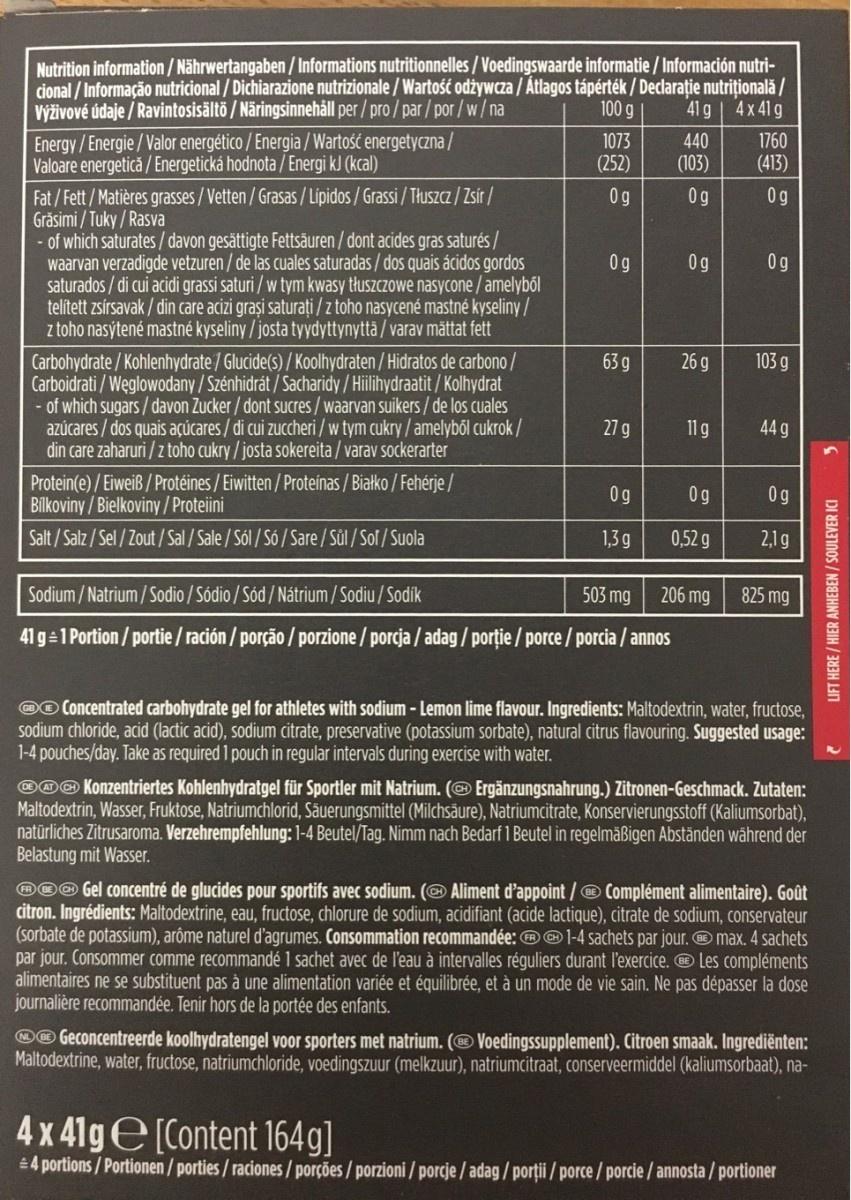
Nutrition information/Nährwertangaben /Informations nutritionnelles / Voedingswaarde informatie / Información nutri- cional / Informação nutricional / Dichiarazione nutrizionale / Wartość odżywcza / Átlagos tápérték / Declarație nutrițională / Výživové údaje / Ravintosisältö / Näringsinnehåll per / pro /par / por / w/na Energy/Energie/Valor energético / Energia /Wartość energetyczna / Valoare energetică / Energetická hodnota / Energi kJ (kcal)
100 g
41g | 4x 41 g
1073 (252)
440
1760
(103)
(413)
Fat/Fett/Matières grasses/Vetten/Grasas / Lipidos / Grassi / TłusZcz / Zsír / Grăsimi / Tuky / Rasva of which saturates/ davon gesättigte Fettsäuren / dont acides gras saturés/ waarvan verzadigde vetzuren / de las cuales saturadas / dos quais ácidos gordos saturados / di cui acidi grassi saturi / w tym kwasy tłuszczowe nasycone /amelyből telített zsírsavak / din care acizi grași saturați / z toho nasycené mastné kyseliny / z toho nasýtené mastné kyseliny / josta tyydyttynyttä / varav mättat fett
0g
0g
0g
0g
0g
0g
Carbohydrate/Kohlenhydrate/Glucide(s) / Koolhydraten / Hidratos de carbono/ Carboidrati / Węglowodany / Szénhidrát / Sacharidy / Hillihydraatit / Kolhydrat of which sugars / davon Zucker / dont sucres /waarvan suikers / de los cuales azúcares / dos quais açúcares / di cui zuccheri / w tym cukry /amelyből cukrok / din care zaharuri / z toho cukry / josta sokereita / varav sockerarter
63 g
26 g
103 g
27 g
11g
44 g
Protein(e) / Eiweiß / Protéines / Eiwitten / Proteínas / Białko / Fehérje / Bilkoviny / Bielkoviny/Proteiini Salt/Salz / Sel / Zout / Sal / Sale / Sól / Só / Sare/Sül / Sol / Suola
0g
0g
0g
1,3g
0,52 g
2,1g
Sodium / Natrium/ Sodio / Sódio / Sód / Nátrium/Sodiu / Sodik
503 mg
206 mg
825 mg
41 g 1 Portion/ portie / ración / porção / porzione / porcja / adag / porție / porce / porcia / annos
@o Concentrated carbohydrate gel for athletes with sodium - Lemon lime flavour. Ingredients: Maltodextrin, water, fructose, sodium chloride, acid (lactic acid), sodium citrate, preservative (potassium sorbate), natural citrus flavouring. Suggested usage: 1-4 pouches/day. Take as required 1 pouch in regular intervals during exercise with water.
@@@ Konzentriertes Kohlenhydratgel für Sportler mit Natrium. (@ Ergänzungsnahrung.) Zitronen-Geschmack. Zutaten: Maltodextrin, Wasser, Fruktose, Natriumchlorid, Säuerungsmittel (Milchsäure), Natriumcitrate, Konservierungsstoff (Kaliumsorbat), natürliches Zitrusaroma. Verzehrempfehlung: 1-4 Beutel/Tag. Nimm nach Bedarf 1 Beutel in regelmäßigen Abständen während der Belastung mit Wasser.
®O@ Gel concentré de glucides pour sportifs avec sodium. (O Aliment d'appoint / O Complément alimentaire). Goût citron. Ingrédients: Maltodextrine, eau, fructose, chlorure de sodium, acidifiant (acide lactique), citrate de sodium, conservateur (sorbate de potassium), arôme naturel d'agrumes. Consommation recommandée: OO1-4 sachets par jour. O max.4 sachets par jour. Consommer comme recommandé 1 sachet avec de l'eau à intervalles réguliers durant l'exercice. O Les compléments alimentaires ne se substituent pas à une alimentation variée et équilibrée, et à un mode de vie sain. Ne pas dépasser la dose journalière recommandée. Tenir hors de la portée des enfants.
O® Geconcentreerde koolhydratengel voor sporters met natrium. (® Voedingssupplement). Citroen smaak. Ingrediënten: Maltodextrine, water, fructose, natriumchloride, voedingszuur (melkzuur), natriumcitraat, conserveermiddel (kaliumsorbaat), na-
4x 41ge(Content 164g]
4 portions/ Portionen / porties/ raciones / porções / porzioni / porcje /adag/ porții porce/porcie/annosta / portioner
LIFT HERE / HIER ANHEBEN / SOULEVER ICI